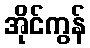
အိုင်ကွန်